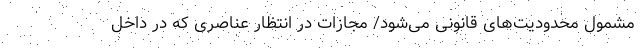
مشمول محدودیت‌های قانونی می‌شود/ مجازات در انتظار عناصری که در داخل